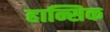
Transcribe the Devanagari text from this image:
हान्सिक